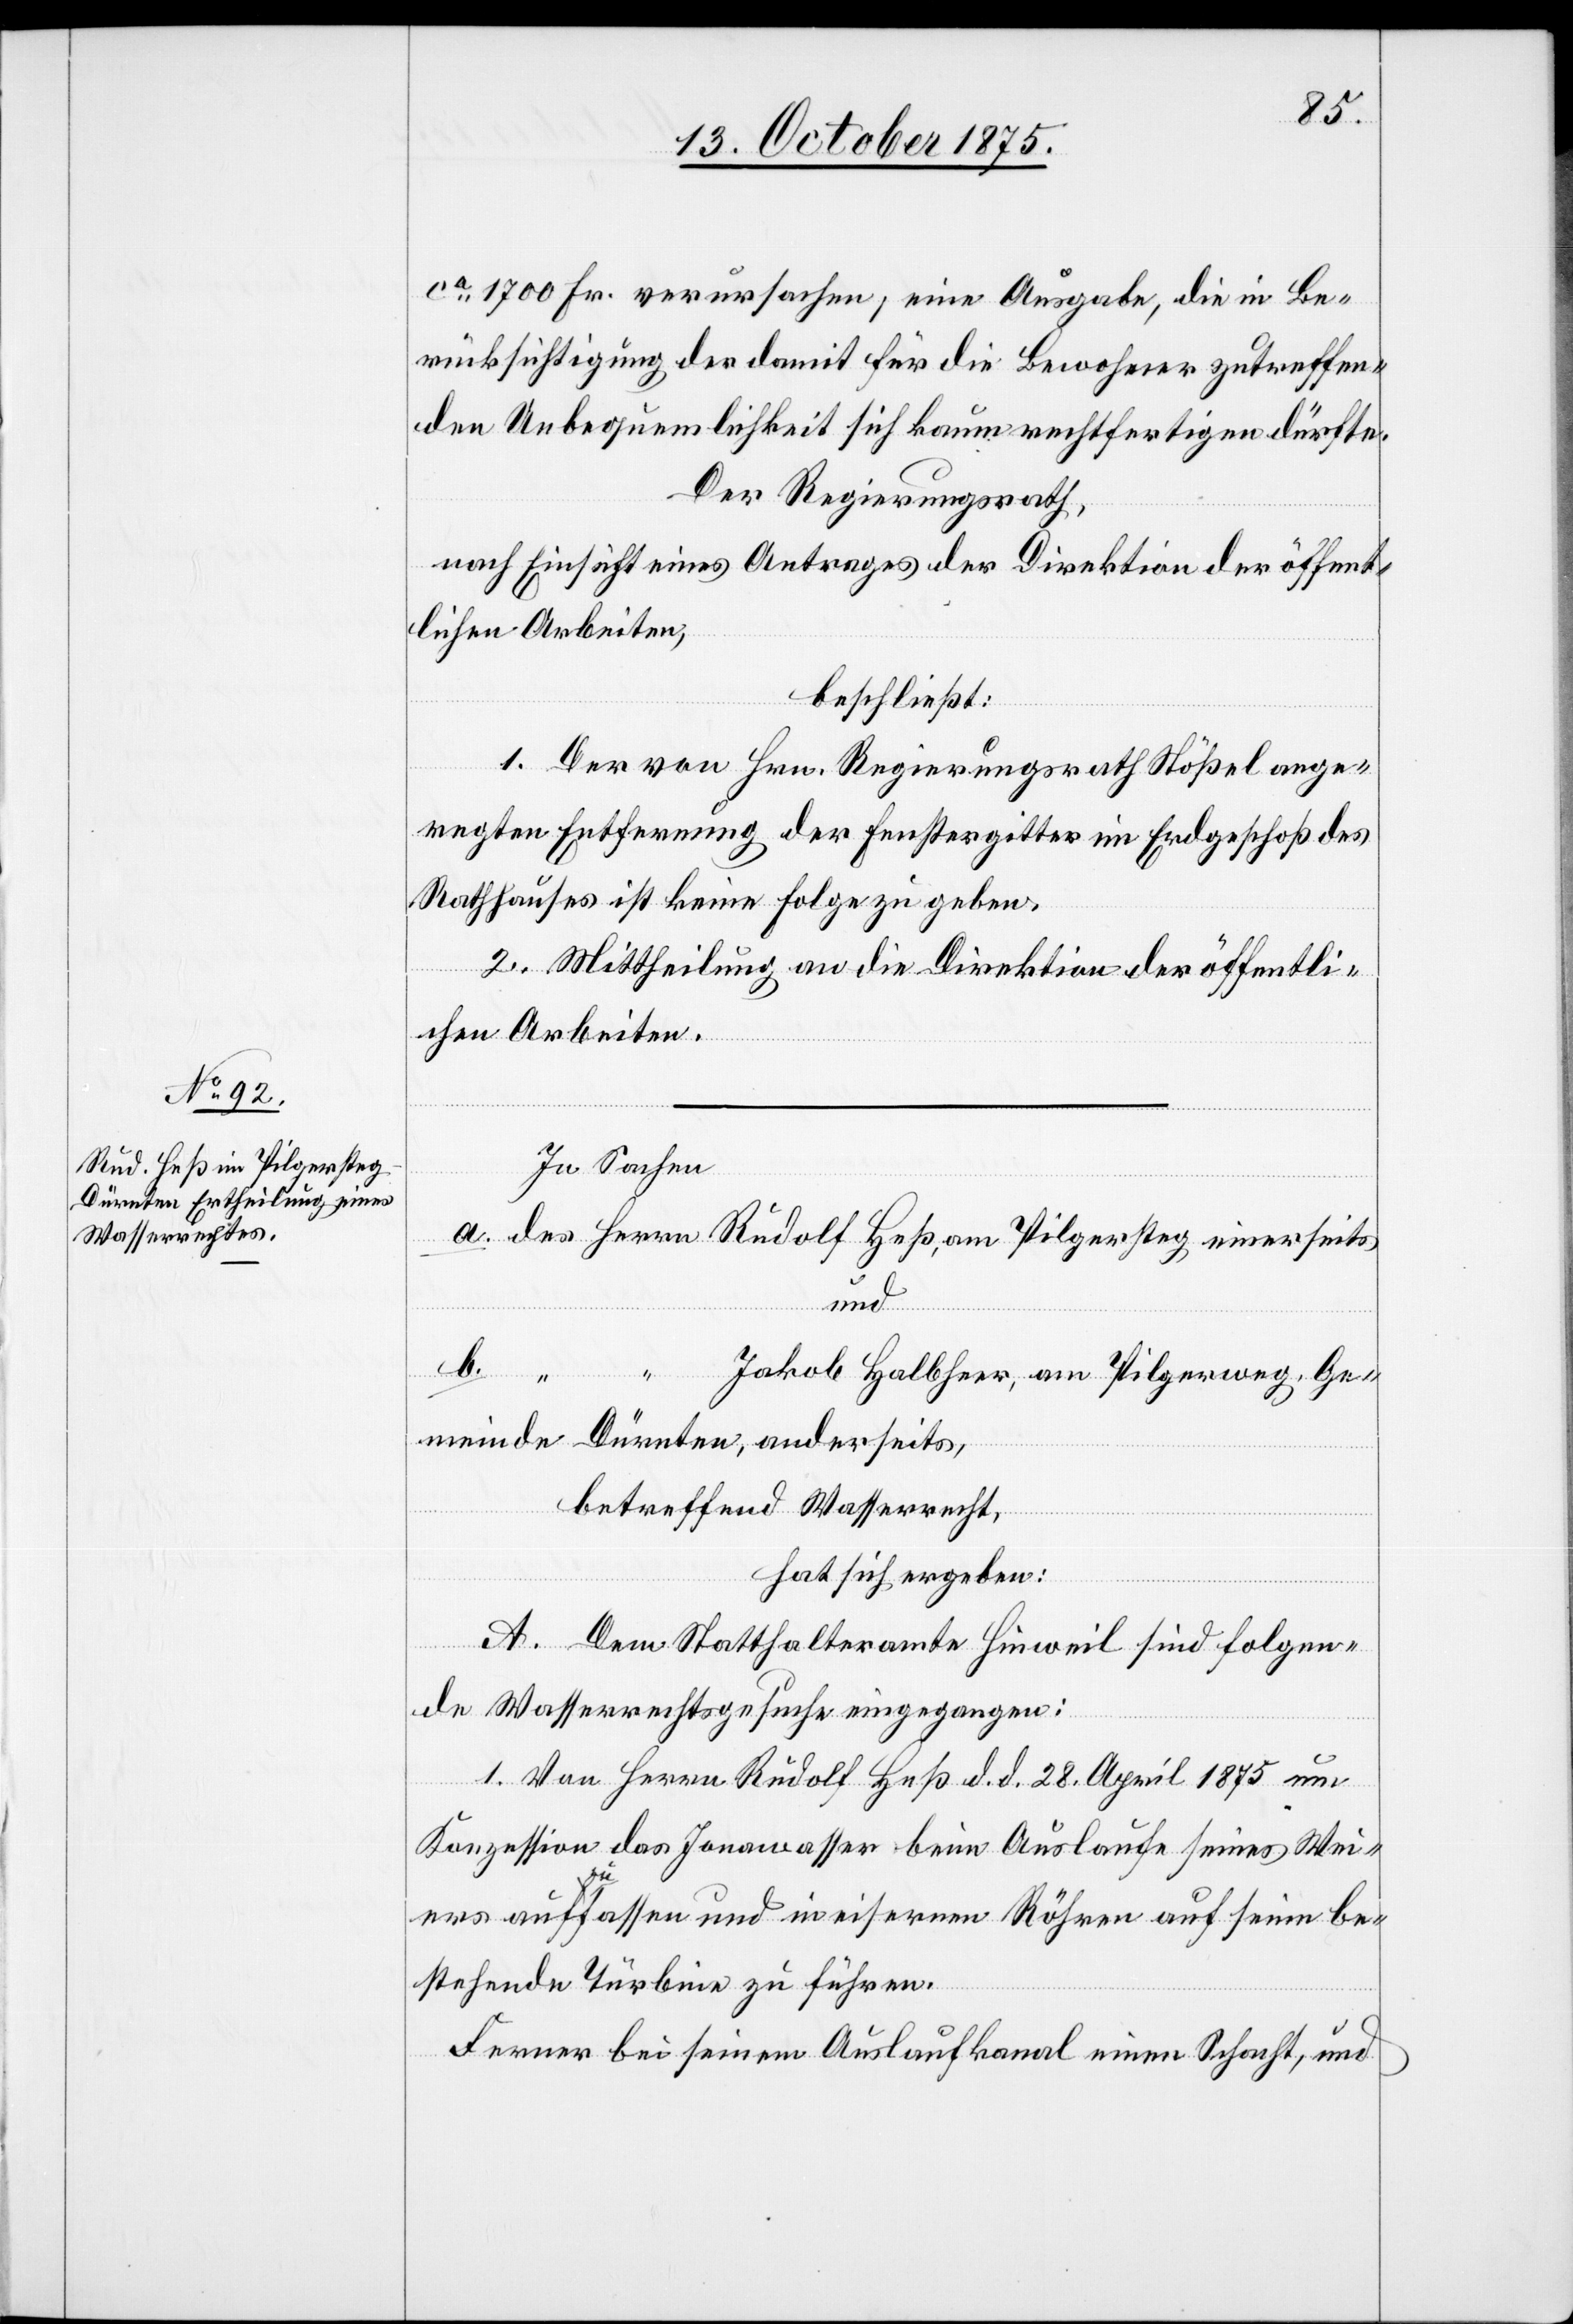
Rudolf Heß, am Pilgersteg

ca 1700 Fr. verursachen, eine Ausgabe, die in Be¬
rücksichtigung der damit für die Bewohner zutreffen¬
den Unbequemlichkeit sich kaum rechtfertigen dürfte.
Der Regierungsrath,
nach Einsicht eines Antrages der Direktion der öffent¬
lichen Arbeiten,
beschließt:
1. Der von Hrn. Regierungsrath Stößel ange¬
regten Entfernung der Fenstergitter im Erdgeschoß des
Rathhauses ist keine Folge zu geben.
2. Mittheilung an die Direktion der öffentli¬
chen Arbeiten.
In Sachen
und
einerseits
Herrn
Jakob Halbheer, am Pilgerweg, Ge¬
meinde Dürnten, anderseits,
betreffend Wasserrecht,
hat sich ergeben:
A. Dem Statthalteramte Hinweil sind folgen¬
de Wasserrechtsgesuche eingegangen:
1. Von Herrn Rudolf Heß d. d. 28. April 1875 um
Konzession das Jonawasser beim Auslaufe seines Wei¬
ers aufzufassen und in eisernen Röhren auf seine be¬
stehende Turbine zu führen.
Ferner bei seinem Auslaufkanal einen Schacht, und